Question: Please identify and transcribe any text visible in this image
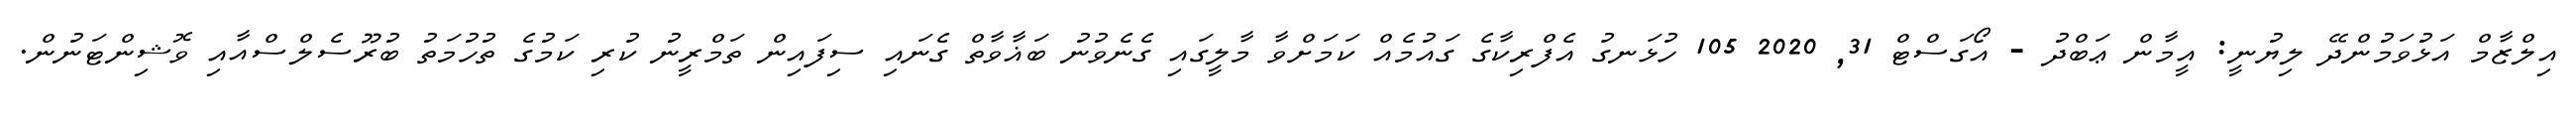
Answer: އިލްޒާމް އަޅުވަމުންދޭ ލިޔުނީ: އީމާން ޢަބްދު - އޯގަސްޓް 31, 2020 105 ހުޅަނގު އެފްރިކާގެ ގައުމެއް ކަމަށްވާ މާލީގައި ގެނެވުނު ބަޣާވާތް ގެނައި ސިފައިން ތަމްރީނު ކުރި ކަމުގެ ތުހުމަތު ބުރޫސެލްސްއާއި ވޮޝިންޓަނުން.